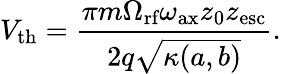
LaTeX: V_{\textrm{th}}=\frac{\pi m\Omega_{\textrm{rf}}\omega_{\textrm{ax}}z_{0}z_{\textrm{esc}}}{2q\sqrt{\kappa(a,b)}}.